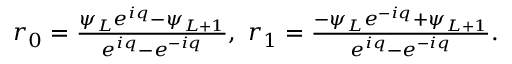
\begin{array} { r } { r _ { 0 } = \frac { \psi _ { L } e ^ { i q } - \psi _ { L + 1 } } { e ^ { i q } - e ^ { - i q } } , ~ r _ { 1 } = \frac { - \psi _ { L } e ^ { - i q } + \psi _ { L + 1 } } { e ^ { i q } - e ^ { - i q } } . } \end{array}